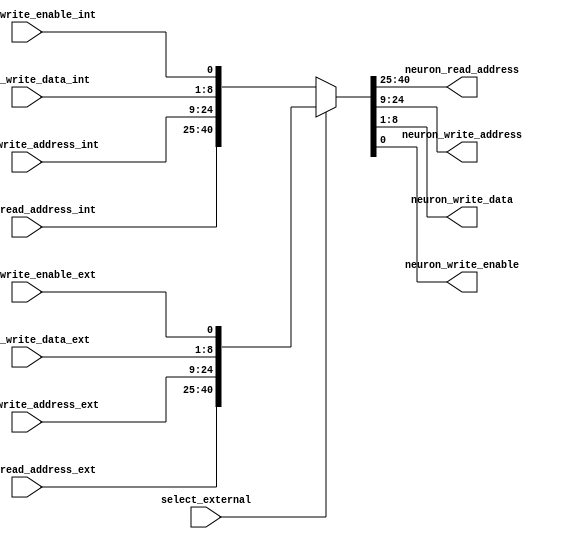
`timescale 1ns / 1ps
//////////////////////////////////////////////////////////////////////////////////
// Company: 
// Engineer: 
// 
// Design Name: 
// Module Name:    BusArbiter 
// Project Name: 
// Target Devices: 
// Tool versions: 
// Description: 
//
// Dependencies: 
//
// Revision: 
// Revision 0.01 - File Created
// Additional Comments: 
//
//////////////////////////////////////////////////////////////////////////////////
module BusArbiter
#(
parameter DATA_BUS_WIDTH = 8,
parameter ADDRESS_BUS_WIDTH = 16)
(
	input wire [ADDRESS_BUS_WIDTH - 1:0]
							neuron_read_address_ext,
							neuron_read_address_int,
							neuron_write_address_ext,
							neuron_write_address_int,
							
	input wire [DATA_BUS_WIDTH - 1:0] 
							neuron_write_data_ext,
							neuron_write_data_int,
					
	input wire			neuron_write_enable_ext,
							neuron_write_enable_int,
							
	input wire			select_external,
	
	output wire [ADDRESS_BUS_WIDTH - 1:0]
							neuron_read_address,
							neuron_write_address,
							
	output wire [DATA_BUS_WIDTH - 1:0]  neuron_write_data,
					
	output wire			neuron_write_enable
);

assign {
			neuron_read_address,
			neuron_write_address,
			neuron_write_data,
			neuron_write_enable
		}
			=	(select_external) ?
		{
			neuron_read_address_ext,
			neuron_write_address_ext,
			neuron_write_data_ext,
			neuron_write_enable_ext
		}
			:
		{
			neuron_read_address_int,
			neuron_write_address_int,
			neuron_write_data_int,
			neuron_write_enable_int
		};

endmodule